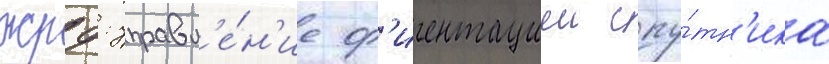
жрд: управл'е́н'ие ор'иентациеи спу́тн'ика